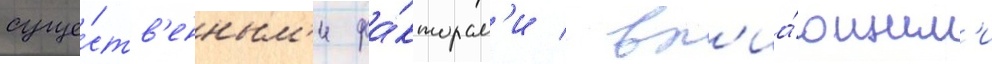
суще́ств'енным'и фа́кторам'и / вл'иа́ющим'и